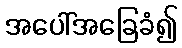
အပေါ်အခြေခံ၍